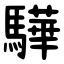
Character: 驊